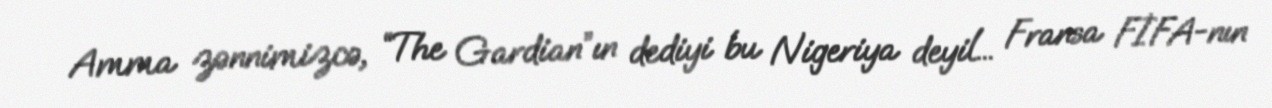
Amma zənnimizcə, “The Gardian”ın dediyi bu Nigeriya deyil... Fransa FİFA-nın